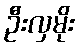
ဦးလှမိုး